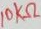
Text: 10KΩ